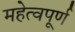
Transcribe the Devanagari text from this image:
महेत्वपूर्ण